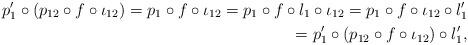
LaTeX: \begin{align*} p'_{1}\circ (p_{12}\circ f\circ \iota_{12})=p_{1}\circ f\circ \iota_{12}=p_{1}\circ f\circ l_{1}\circ \iota_{12} =p_{1}\circ f\circ \iota_{12}\circ l'_{1}\\ =p'_{1}\circ (p_{12}\circ f\circ \iota_{12})\circ l'_{1},\end{align*}